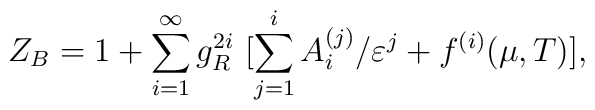
Z_{B}=1+\sum_{i=1}^{\infty}g_{R}^{2i}\ [\sum_{j=1}^{i}A_{i}^{(j)}/\varepsilon^j+f^{(i)}(\mu,T)],